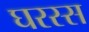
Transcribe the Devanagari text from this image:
घरस्स